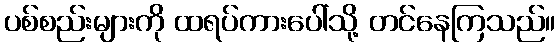
ပစ်စည်းများကို ထရပ်ကားပေါ်သို့ တင်နေကြသည်။